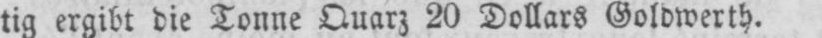
tig ergibt die Tonne Quarz 20 Dollars Goldwerth.